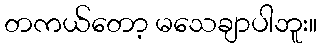
တကယ်တော့ မသေချာပါဘူး။